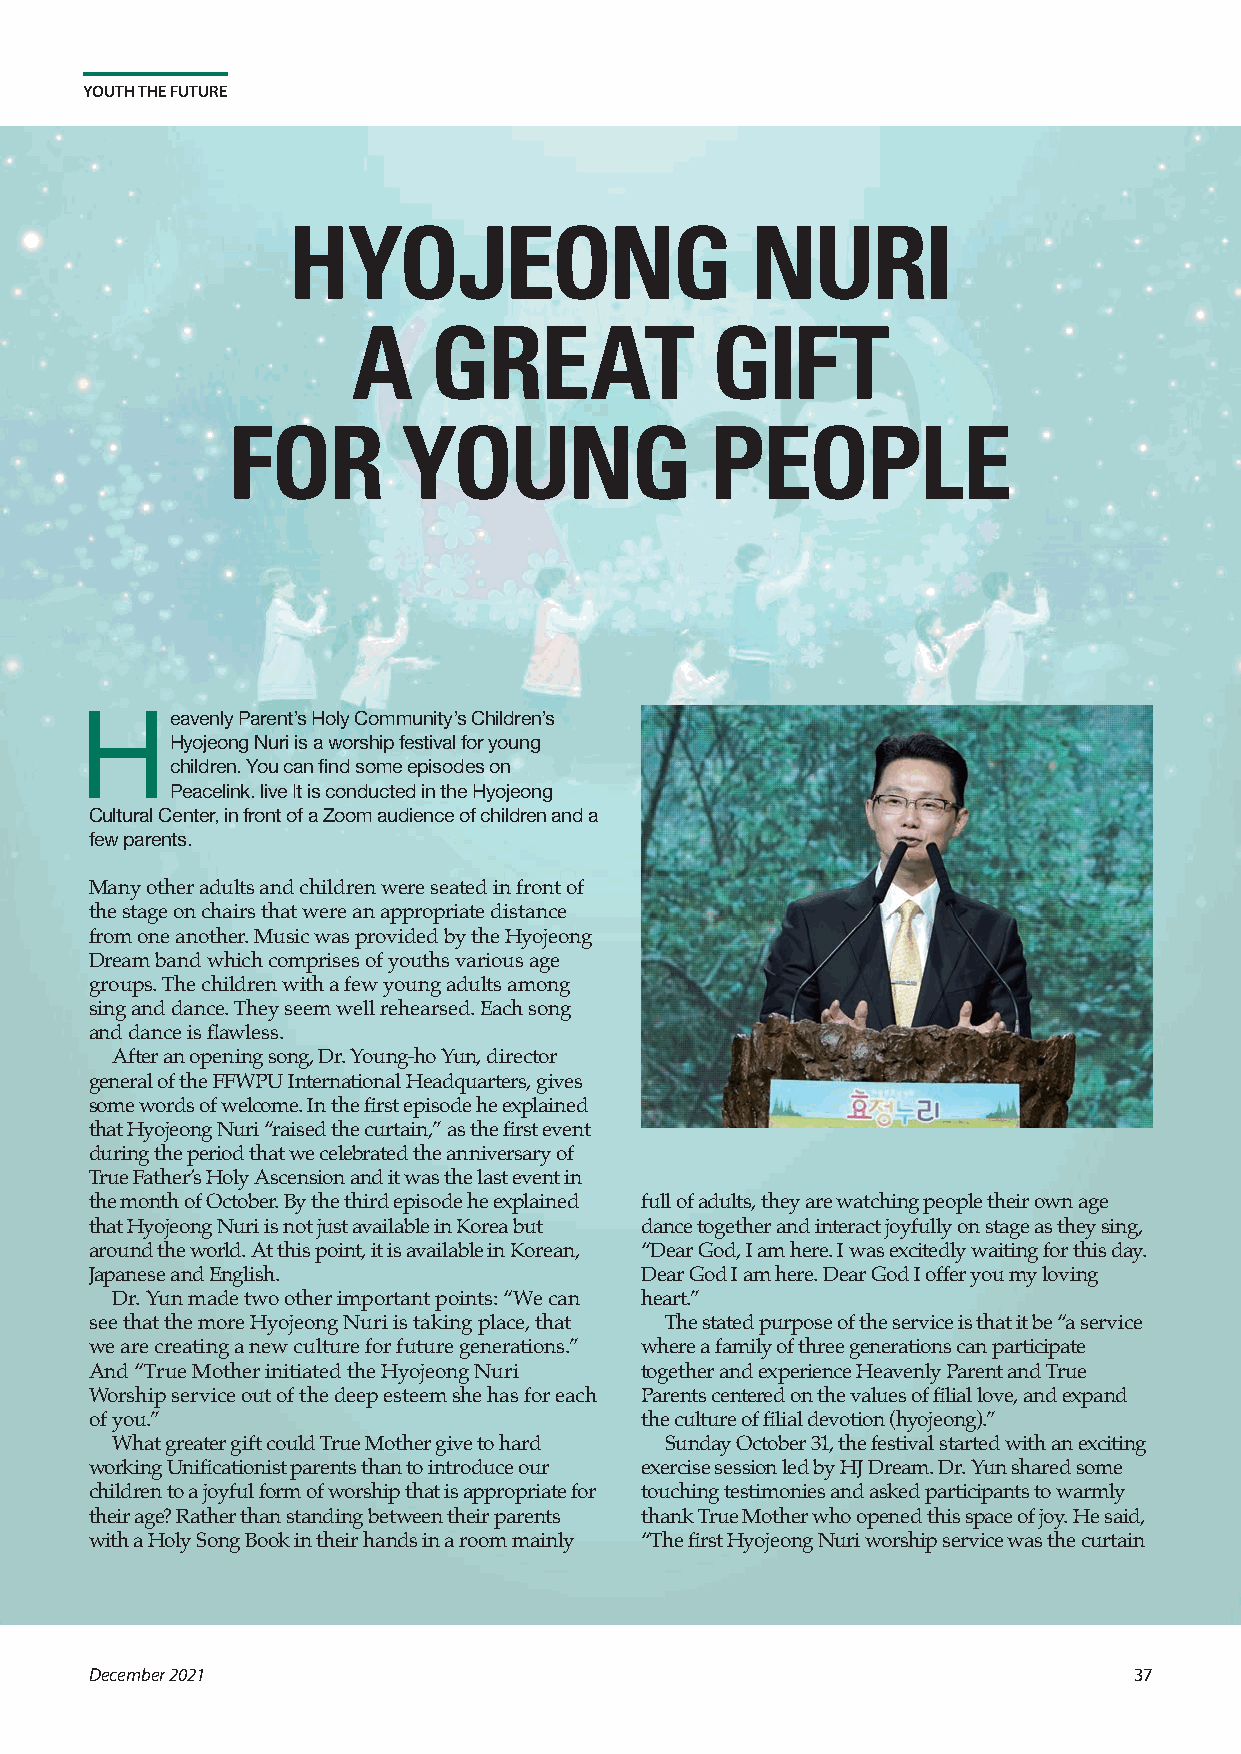
YOUTH THE FUTURE
 HYOJEONG                       NURI
 A    GREAT              GIFT
 FOR         YOUNG               PEOPLE
 H
 eavenly Parent’s Holy Community’s Children’s
 Hyojeong Nuri is a worship festival for young
 children. You can find some episodes on
 Peacelink. live It is conducted in the Hyojeong
 Cultural Center, in front of a Zoom audience of children and a
 few parents.
 Many other adults and children were seated in front of
 the stage on chairs that were an appropriate distance
 from one another. Music was provided by the Hyojeong
 Dream band which comprises of youths various age
 groups. The children with a few young adults among
 sing and dance. They seem well rehearsed. Each song
 and dance is flawless.
 After an opening song, Dr. Young-ho Yun, director
 general of the FFWPU International Headquarters, gives
 some words of welcome. In the first episode he explained
 that Hyojeong Nuri “raised the curtain,” as the first event
 during the period that we celebrated the anniversary of
 True Father’s Holy Ascension and it was the last event in
 the month of October. By the third episode he explained full of adults, they are watching people their own age
 that Hyojeong Nuri is not just available in Korea but dance together and interact joyfully on stage as they sing,
 around the world. At this point, it is available in Korean, “Dear God, I am here. I was excitedly waiting for this day.
 Japanese and English.               Dear God I am here. Dear God I offer you my loving
 Dr. Yun made two other important points: “We can heart.”
 see that the more Hyojeong Nuri is taking place, that The stated purpose of the service is that it be “a service
 we are creating a new culture for future generations.” where a family of three generations can participate
 And “True Mother initiated the Hyojeong Nuri together and experience Heavenly Parent and True
 Worship service out of the deep esteem she has for each Parents centered on the values of filial love, and expand
 of you.”                            the culture of filial devotion (hyojeong).”
 What greater gift could True Mother give to hard Sunday October 31, the festival started with an exciting
 working Unificationist parents than to introduce our exercise session led by HJ Dream. Dr. Yun shared some
 children to a joyful form of worship that is appropriate for touching testimonies and asked participants to warmly
 their age? Rather than standing between their parents thank True Mother who opened this space of joy. He said,
 with a Holy Song Book in their hands in a room mainly “The first Hyojeong Nuri worship service was the curtain
 December 2021                                                        37